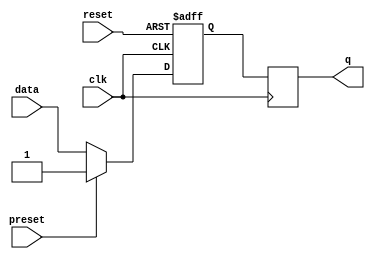
module flip_flop (
    input wire clk,
    input wire reset,
    input wire preset,
    input wire data,
    output reg q
);

reg current_state, next_state;

// State update logic
always @(posedge clk or posedge reset)
begin
    if (reset)
        current_state <= 1'b0;
    else if (preset)
        current_state <= 1'b1;
    else
        current_state <= next_state;
end

always @*
begin
    next_state = data;
end

// Output logic
always @(posedge clk)
begin
    q <= current_state;
end

endmodule